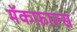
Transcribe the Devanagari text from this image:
मॅकफ़ाल्स